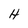
Character: H